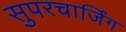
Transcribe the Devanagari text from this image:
सुपरचार्जिंग